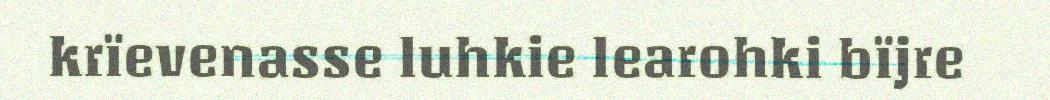
krïevenasse luhkie learohki bïjre